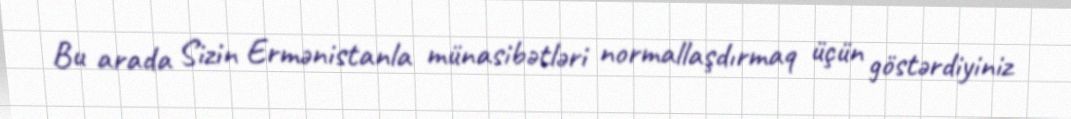
Bu arada Sizin Ermənistanla münasibətləri normallaşdırmaq üçün göstərdiyiniz